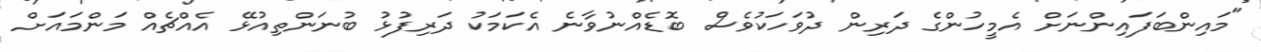
"މައިންބަފައިންނަށް އެމީހުންގެ ދަރިން ދުވަހަކުވެސް ބޮޑެއްނުވާނެ އެކަމަކު ދަރިފުޅު ބުނަންތިއުޅޭ އެއްޗެއް މަންމައަށް